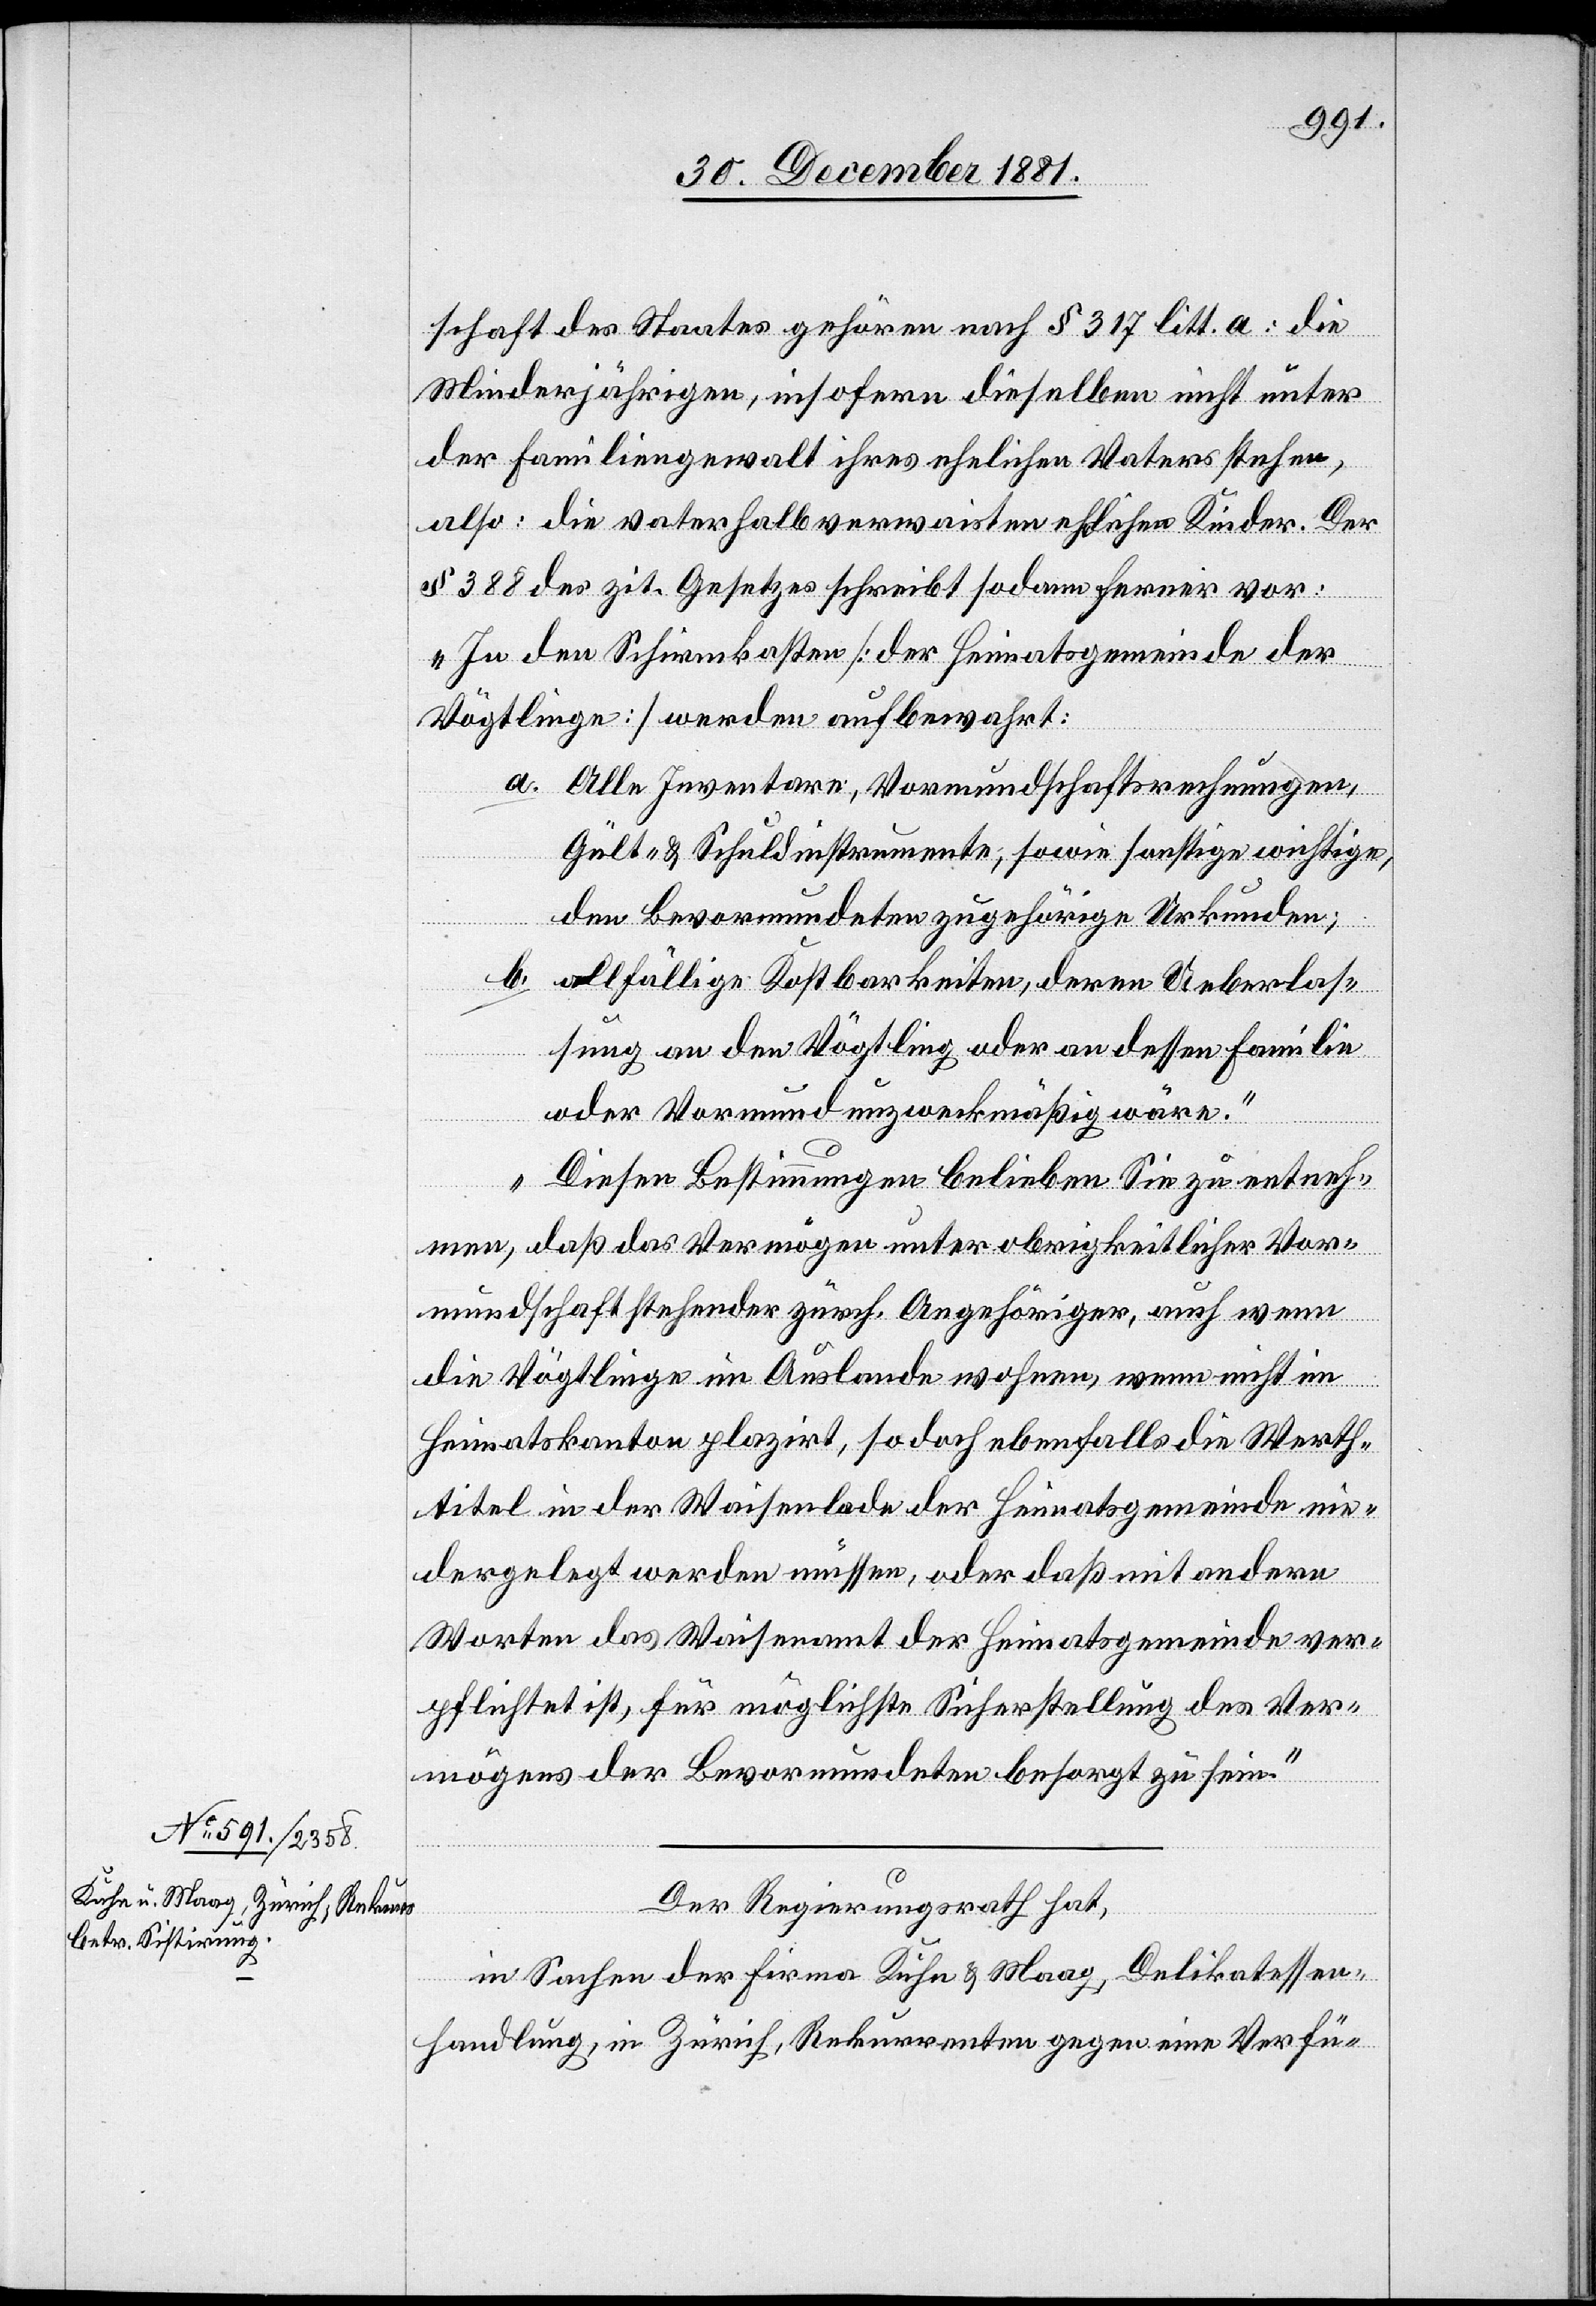
schaft des Staates gehören nach § 317 litt. a: die
Minderjährigen, insofern dieselben nicht unter
der Familiengewalt ihres ehelichen Vaters stehen,
also: die vaterhalbverwaisten Kinder. Der
§ 388 des zit. Gesetzes schreibt sodann ferner vor:
„In den Schirmkasten [der Heimatgemeinde der
Vögtlinge] werden aufbewahrt:
a. Alle Inventare, Vormundschaftsrechnungen,
Gült- & Schuldinstrumente, sowie sonstige, wichtige,
dem Bevormundeten zugehörige Urkunden;
b. allfällige Kostbarkeiten, deren Ueberlas¬
sung an den Vögtling oder an dessen Familie
oder Vormund unzweckmäßig wäre.“
Diesen Bestimmungen belieben Sie zu entneh¬
men, daß das Vermögen unter obrigkeitlicher Vor¬
mundschaft stehender zürch. Angehöriger, auch wenn
die Vögtlinge im Auslande wohnen, wenn nicht im
Heimatskanton plazirt, so doch ebenfalls die Werth¬
titel in der Waisenlade der Heimatsgemeinde nie¬
dergelegt werden müssen, oder daß mit andern
Worten das Waisenamt der Heimatsgemeinde ver¬
pflichtet ist, für möglichste Sicherstellung des Ver¬
mögens der Bevormundeten besorgt zu sein.“
Der Regierungsrath hat,
in Sachen der Firma Kühn & Maag, Delikatessen-H¬
andlung, in Zürich, Rekurrenten gegen eine Verfü-